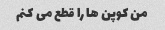
من کوپن ها را قطع می کنم